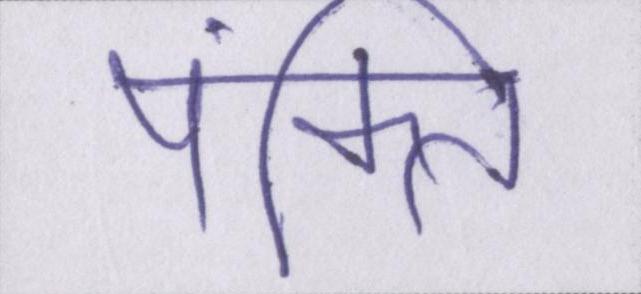
पंक्ति